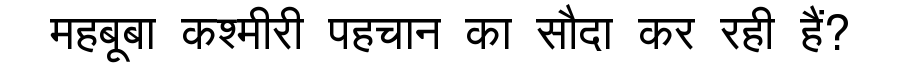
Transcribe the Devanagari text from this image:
महबूबा कश्मीरी पहचान का सौदा कर रही हैं?